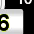
Digit: 6